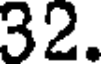
32.